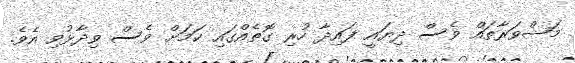
މަޝްވަރާތައް ވެސް ދިޔައީ ފައިދާ ހުރި ގޮތެއްގައި ކަމަށް ވެސް ވިދާޅުވި އެވެ.